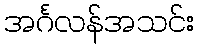
အင်္ဂလန်အသင်း